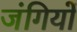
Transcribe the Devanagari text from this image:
जंगियों